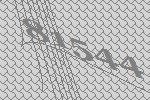
81544